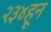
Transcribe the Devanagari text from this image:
२३४हून